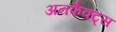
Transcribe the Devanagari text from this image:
अनफैक्ट्स